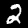
Label: 2